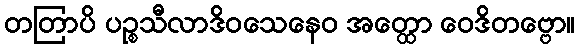
တတြာပိ ပဉ္စသီလာဒိဝသေနေဝ အတ္ထော ဝေဒိတဗ္ဗော။